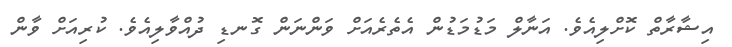
އިޝާރާތް ކޮށްލިއެވެ. އަނާލް މަޑުމަޑުން އެތެރެއަށް ވަންނަން ގޮނޑި ދުއްވާލިއެވެ. ކުރިއަށް ވާން